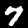
Digit: 7